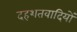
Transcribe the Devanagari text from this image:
दहशतवादियों